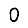
Digit: 0